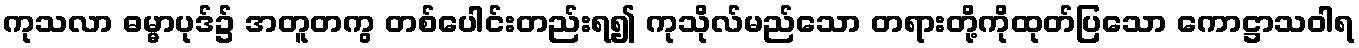
ကုသလာ ဓမ္မာပုဒ်၌ အတူတကွ တစ်ပေါင်းတည်းရ၍ ကုသိုလ်မည်သော တရားတို့ကိုထုတ်ပြသော ကောဋ္ဌာသဝါရ